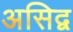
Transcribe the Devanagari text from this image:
असिद्व